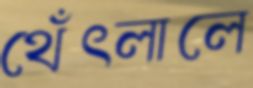
থেঁৎলালে